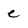
Character: e